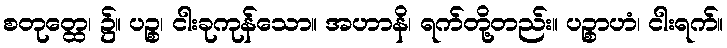
စတုတ္ထေ၊ ၌။ ပဉ္စ၊ ငါးခုကုန်သော။ အဟာနိ၊ ရက်တို့တည်း။ ပဉ္စာဟံ၊ ငါးရက်။